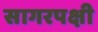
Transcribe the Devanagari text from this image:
सागरपक्षी